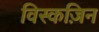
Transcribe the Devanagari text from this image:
विस्कज़िन